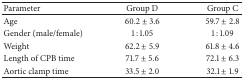
<table><thead><tr><td><b>Parameter</b></td><td><b>Group D</b></td><td><b>Group C</b></td></tr></thead><tbody><tr><td>Age</td><td>60.2 ± 3.6</td><td>59.7 ± 2.8</td></tr><tr><td>Gender (male/female)</td><td>1 : 1.05</td><td>1 : 1.09</td></tr><tr><td>Weight</td><td>62.2 ± 5.9</td><td>61.8 ± 4.6</td></tr><tr><td>Length of CPB time</td><td>71.7 ± 5.6</td><td>72.1 ± 6.3</td></tr><tr><td>Aortic clamp time</td><td>33.5 ± 2.0</td><td>32.1 ± 1.9</td></tr></tbody></table>